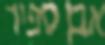
אבן ספיר